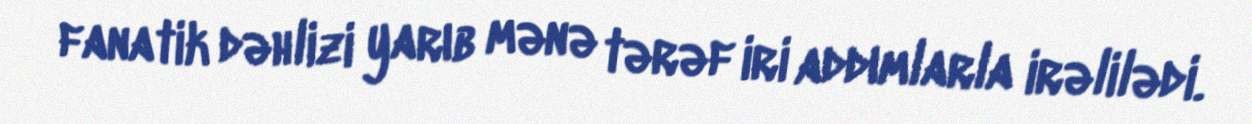
fanatik dəhlizi yarıb mənə tərəf iri addımlarla irəlilədi.